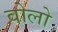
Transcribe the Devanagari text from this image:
वोलो